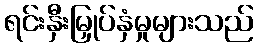
ရင်းနှီးမြှုပ်နှံမှုများသည်